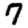
Digit: 7